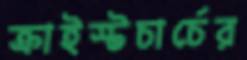
ক্রাইস্টচার্চের